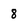
Character: 8